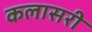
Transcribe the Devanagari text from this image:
कलासरी